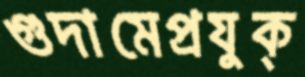
গুদামেপ্রযুক্